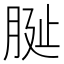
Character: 𦚺